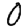
Digit: 0